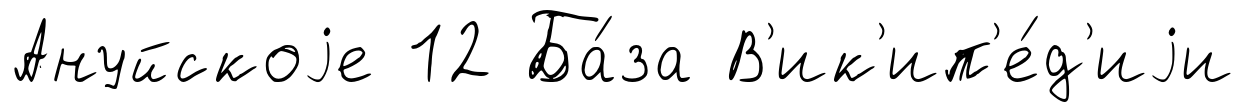
Ануйскоjе 12 Ба́за В'ик'ип'е́д'иjи